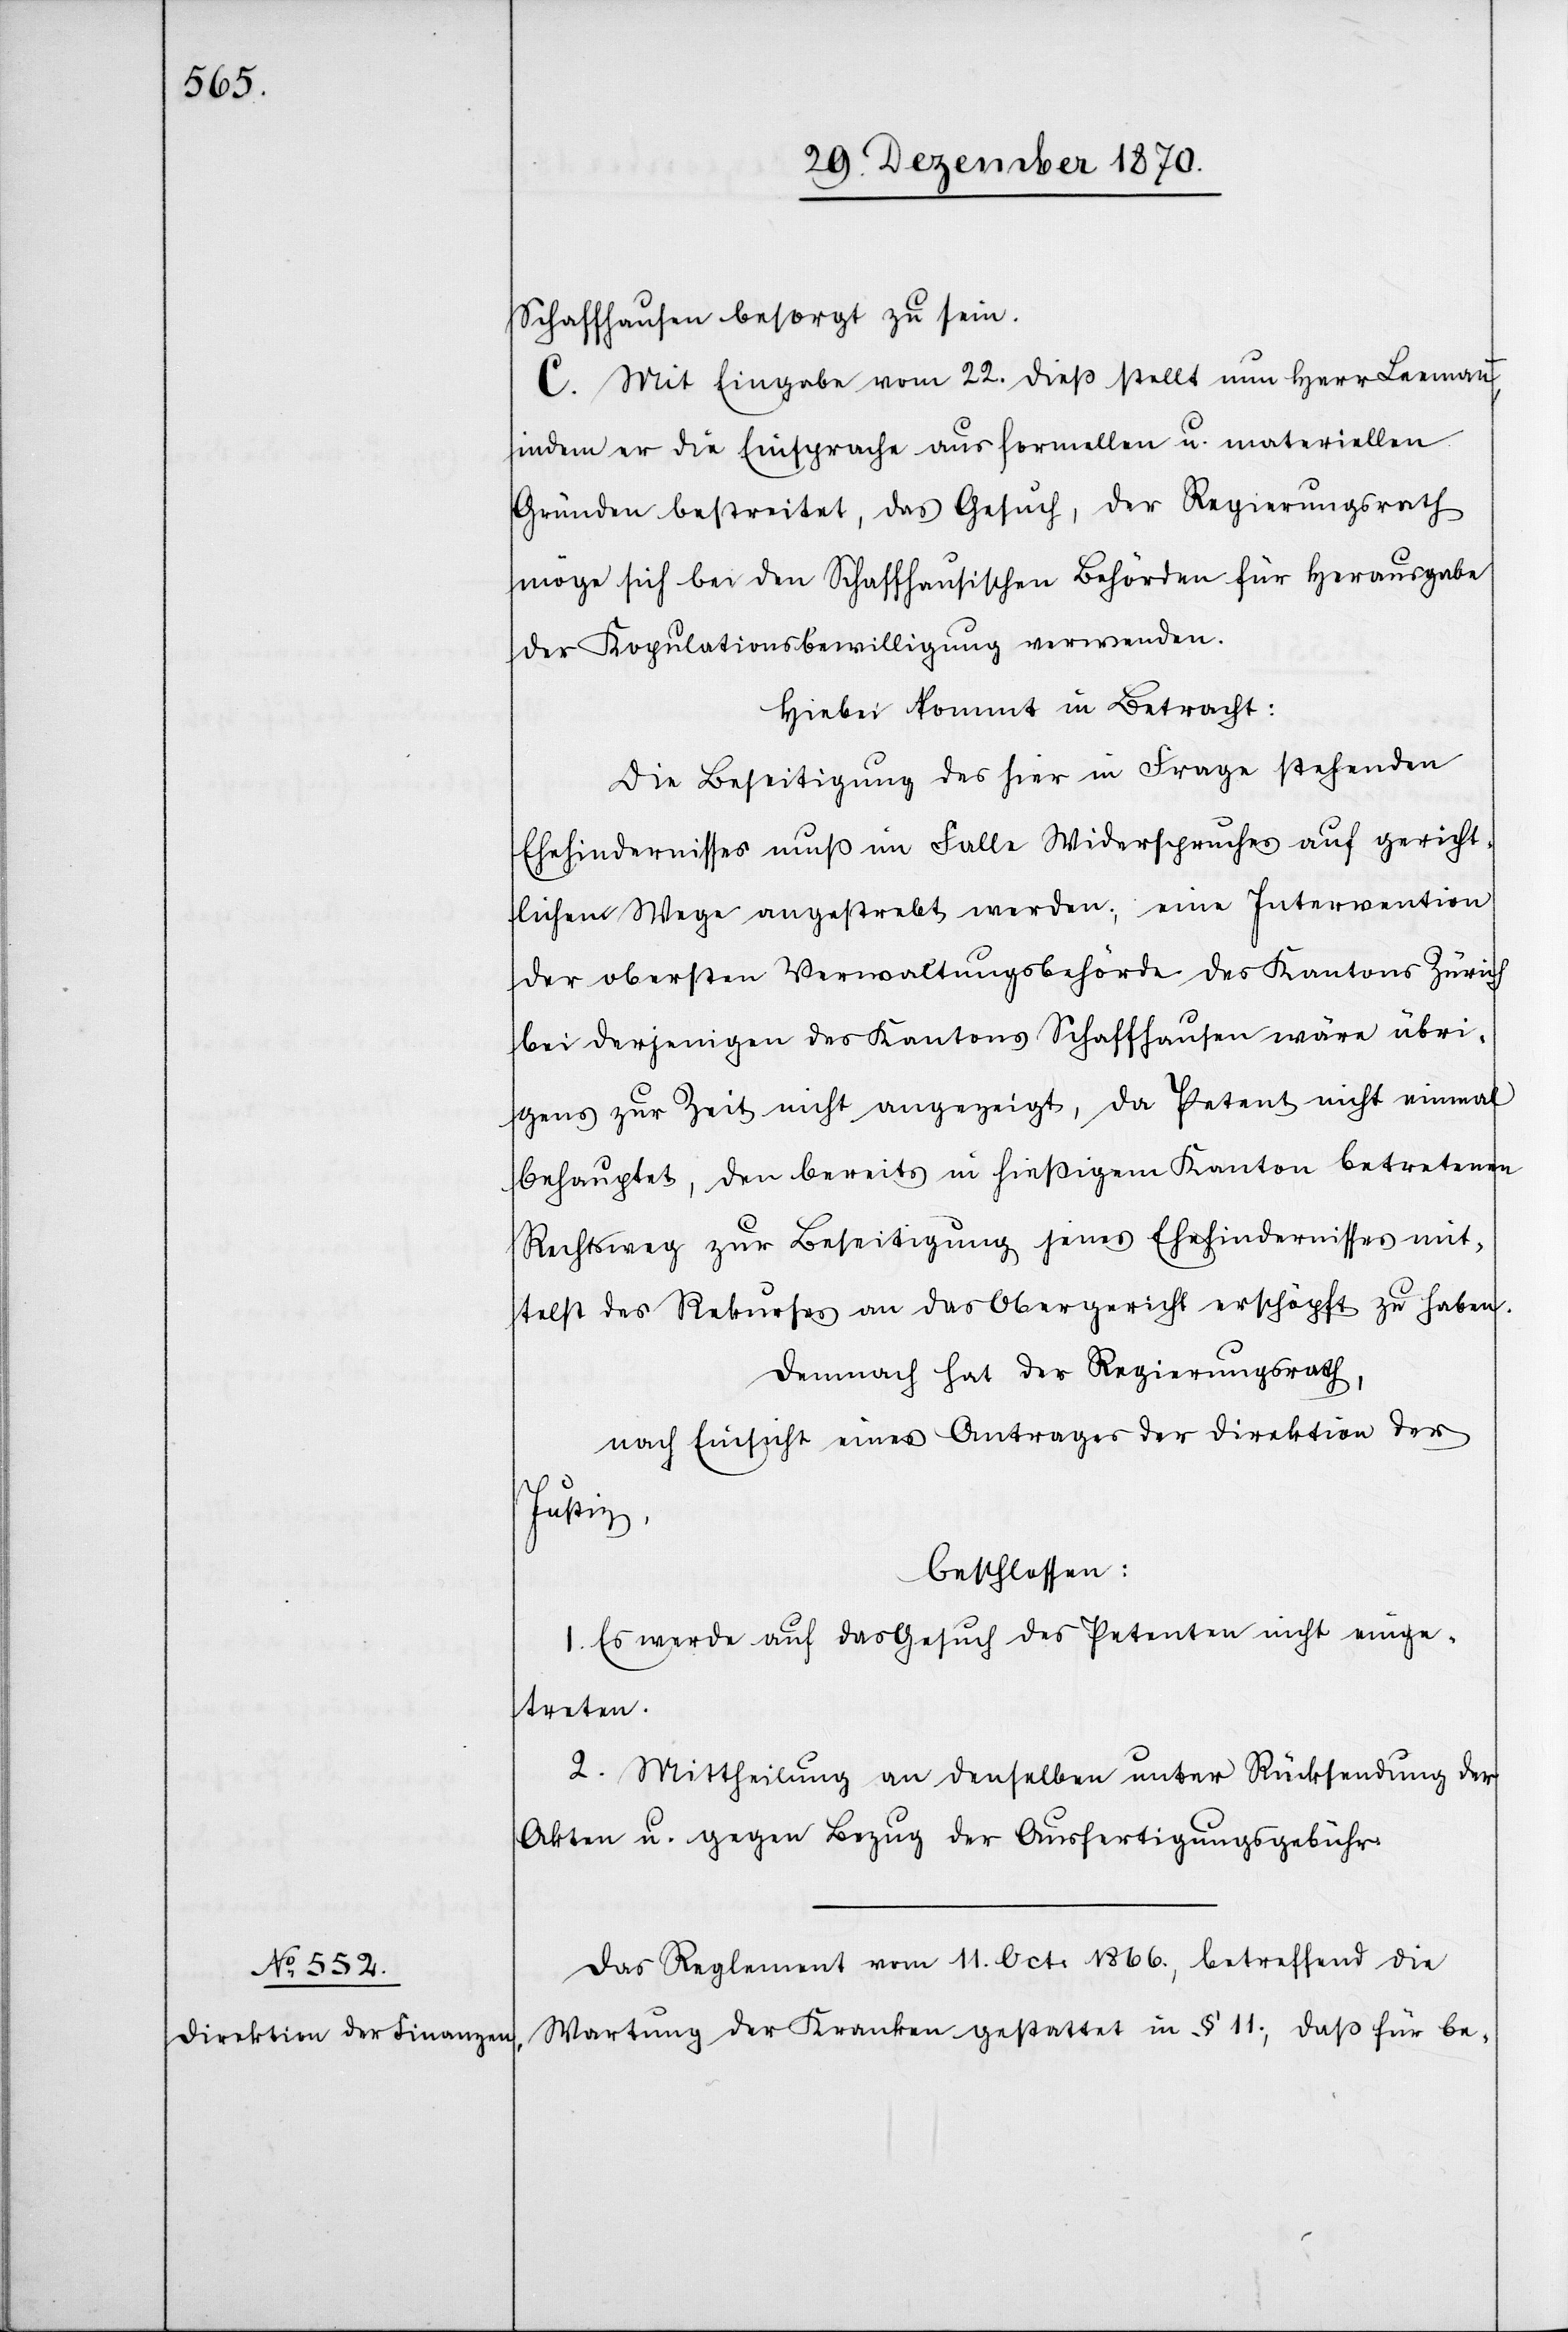
Schaffhausen besorgt zu sein.
C. Mit Eingabe vom 22. dieß stellt nun Herr Leemann,
indem er die Einsprache aus formellen u. materiellen
Gründen bestreitet, das Gesuch, der Regierungsrath
möge sich bei den Schaffhausischen Behörden für Herausgabe
der Kopulationsbewilligung verwenden.
Hiebei kommt in Betracht:
Die Beseitigung des hier in Frage stehenden
Ehehindernisses muß im Falle Widerspruches auf gericht¬
lichem Wege angestrebt werden; eine Intervention
der obersten Verwaltungsbehörde des Kantons Zürich
bei derjenigen des Kantons Schaffhausen wäre übri¬
gens zur Zeit nicht angezeigt, da Petent nicht einmal
behauptet, den bereits in hießigem Kanton betretenen
Rechtsweg zur Beseitigung seines Ehehindernisses mit¬
telst des Rekurses an das Obergericht erschöpft zu haben.
Demnach hat der Regierungsrath,
nach Einsicht eines Antrages der Direktion der
Justiz,
beschloßen:
1. Es werde auf das Gesuch des Petenten nicht einge¬
treten.
2. Mittheilung an denselben unter Rücksendung der
Akten u. gegen Bezug der Ausfertigungsgebühr.
Das Reglement vom 11. Oct. 1866., betreffend die
Wartung der Kranken gestattet in § 11., daß für be-